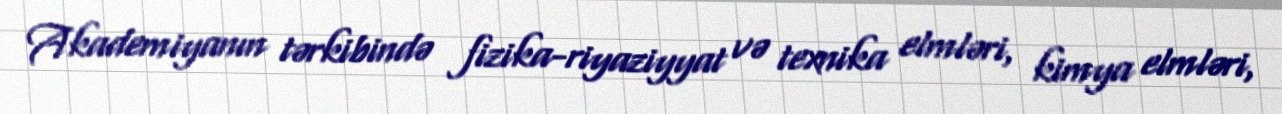
Akademiyanın tərkibində fizika-riyaziyyat və texnika elmləri, kimya elmləri,